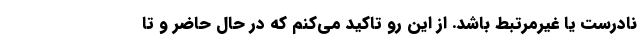
نادرست یا غیرمرتبط باشد. از این رو تاکید می‌کنم که در حال حاضر و تا